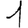
Digit: 1